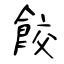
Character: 餃